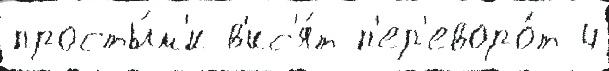
просты́м'и в'ис'я́т п'ер'еворо́т 4